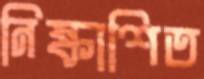
নিষ্কাশিত